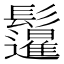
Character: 𲌣